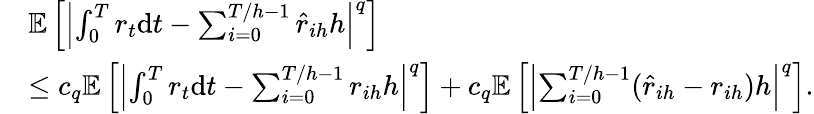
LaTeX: \begin{array}{rl}&{\mathbb{E}\left[\left|\int_{0}^{T}r_{t}\mathrm{d}t-\sum_{i=0}^{T/h-1}\hat{r}_{ih}h\right|^{q}\right]}\\ &{\leq c_{q}\mathbb{E}\left[\left|\int_{0}^{T}r_{t}\mathrm{d}t-\sum_{i=0}^{T/h-1}r_{ih}h\right|^{q}\right]+c_{q}\mathbb{E}\left[\left|\sum_{i=0}^{T/h-1}(\hat{r}_{ih}-r_{ih})h\right|^{q}\right].}\end{array}